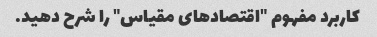
کاربرد مفهوم "اقتصادهای مقیاس" را شرح دهید.